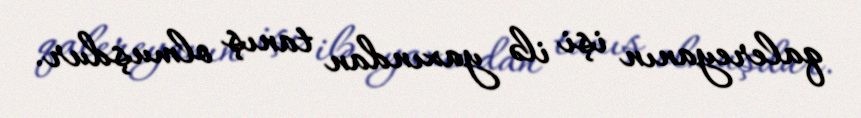
qalereyanın işi ilə yaxından tanış olmuşdur.